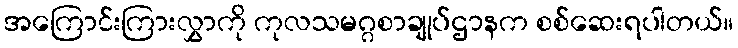
အကြောင်းကြားလွှာကို ကုလသမဂ္ဂစာချုပ်ဌာနက စစ်ဆေးရပါတယ်။